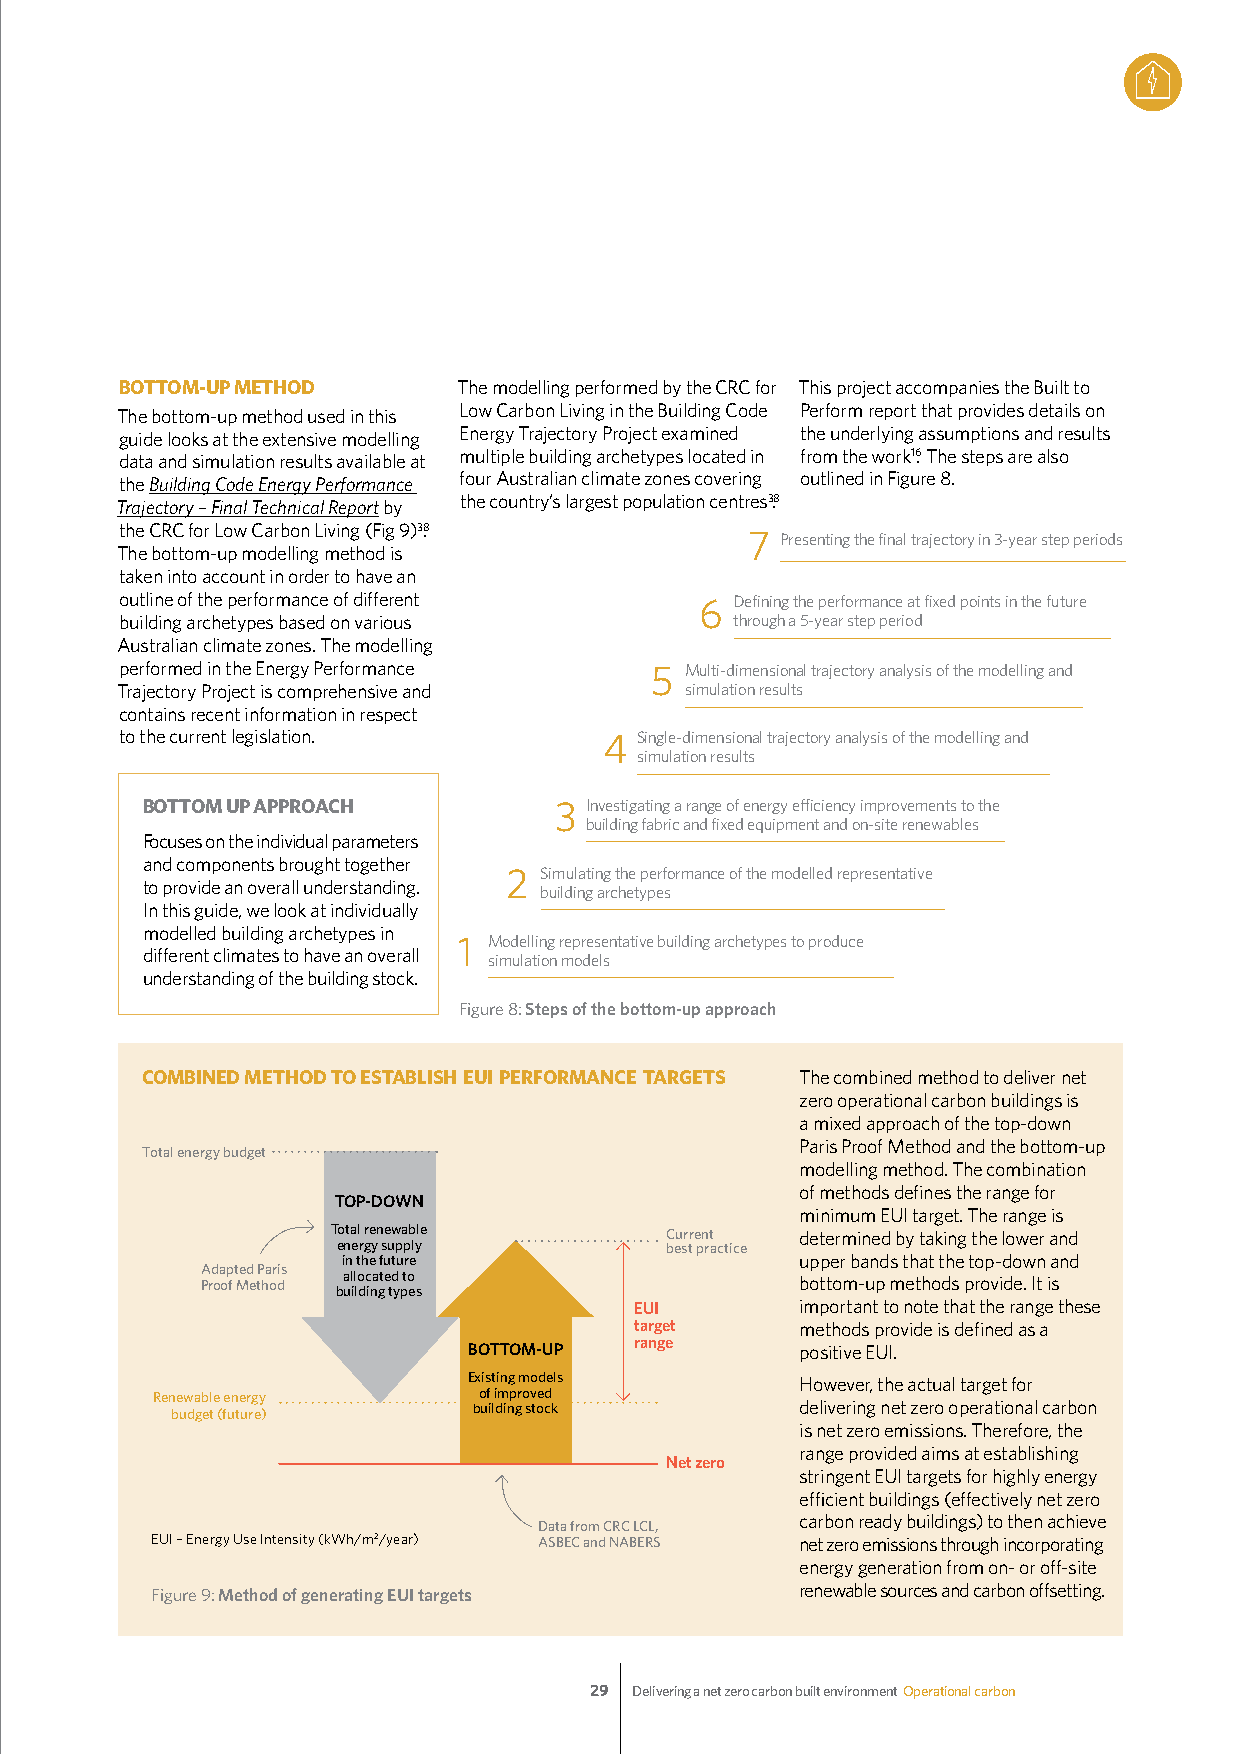
BOTTOM-UP METHOD      The modelling performed by the CRC for This project accompanies the Built to
 The bottom-up method used in this Low Carbon Living in the Building Code Perform report that provides details on
 guide looks at the extensive modelling Energy Trajectory Project examined the underlying assumptions and results
 data and simulation results available at multiple building archetypes located in from the work16. The steps are also
 the Building Code Energy Performance four Australian climate zones covering outlined in Figure 8.
 Trajectory – Final Technical Report by the country’s largest population centres3.8
 the CRC for Low Carbon Living (Fig 9)3.8
 7  Presenting the final trajectory in 3-year step periods
 The bottom-up modelling method is
 taken into account in order to have an
 outline of the performance of different 6 Defining the performance at fixed points in the future
 building archetypes based on various     through a 5-year step period
 Australian climate zones. The modelling
 performed in the Energy Performance 5 Multi-dimensional trajectory analysis of the modelling and
 Trajectory Project is comprehensive and simulation results
 contains recent information in respect
 to the current legislation.     4 Single-dimensional trajectory analysis of the modelling and
 simulation results
 BOTTOM UP APPROACH          3 Investigating a range of energy efficiency improvements to the
 building fabric and fixed equipment and on-site renewables
 Focuses on the individual parameters
 and components brought together
 2 Simulating the performance of the modelled representative
 to provide an overall understanding.
 building archetypes
 In this guide, we look at individually
 modelled building archetypes in
 1 Modelling representative building archetypes to produce
 different climates to have an overall simulation models
 understanding of the building stock.
 Figure 8: Steps of the bottom-up approach
 COMBINED METHOD TO ESTABLISH EUI PERFORMANCE TARGETS The combined method to deliver net
 zero operational carbon buildings is
 a mixed approach of the top-down
 Paris Proof Method and the bottom-up
 Total energy budget
 modelling method. The combination
 of methods defines the range for
 TOP-DOWN
 minimum EUI target. The range is
 Total renewable       Current  determined by taking the lower and
 energy supply         best practice
 in the future                 upper bands that the top-down and
 Adapted Paris
 Proof Method allocated to               bottom-up methods provide. It is
 building types
 EUI        important to note that the range these
 target     methods provide is defined as a
 range
 BOTTOM-UP             positive EUI.
 Existing models       However, the actual target for
 Renewable energy      of improved
 budget (future)     building stock        delivering net zero operational carbon
 is net zero emissions. Therefore, the
 range provided aims at establishing
 Net zero
 stringent EUI targets for highly energy
 efficient buildings (effectively net zero
 carbon ready buildings) to then achieve
 Data from CRC LCL,
 EUI – Energy Use Intensity (kWh/m2/year) ASBEC and NABERS net zero emissions through incorporating
 energy generation from on- or off-site
 Figure 9: Method of generating EUI targets renewable sources and carbon offsetting.
 29 Delivering a net zero carbon built environment Operational carbon